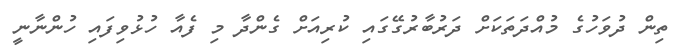
ތިން ދުވަހުގެ މުއްދަތަކަށް ދަރުބާރުގޭގައި ކުރިއަށް ގެންދާ މި ފެއާ ހުޅުވިފައި ހުންނާނީ